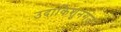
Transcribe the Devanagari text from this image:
उदाकिशुनगंज